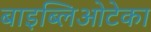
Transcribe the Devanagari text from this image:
बाइब्लिओटेका